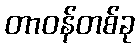
တာဝန်တစ်ခု